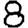
Digit: 8